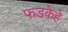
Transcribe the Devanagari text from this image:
फडकेहे